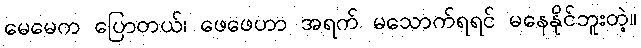
မေမေက ပြောတယ်၊ ဖေဖေဟာ အရက် မသောက်ရရင် မနေနိုင်ဘူးတဲ့။